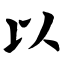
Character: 以